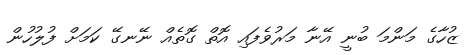
ޒުހާގެ މަންމަ ބުނީ އޭނާ މަރުވެފައި އޮތް ގޮތެއް ނޭނގޭ ކަމަށް ފުލުހުން